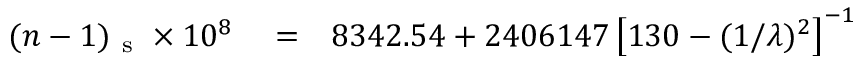
\begin{array} { r l r } { ( n - 1 ) _ { \mathrm { ~ s ~ } } \times 1 0 ^ { 8 } } & { { } = } & { 8 3 4 2 . 5 4 + 2 4 0 6 1 4 7 \left[ 1 3 0 - ( 1 / \lambda ) ^ { 2 } \right] ^ { - 1 } } \end{array}